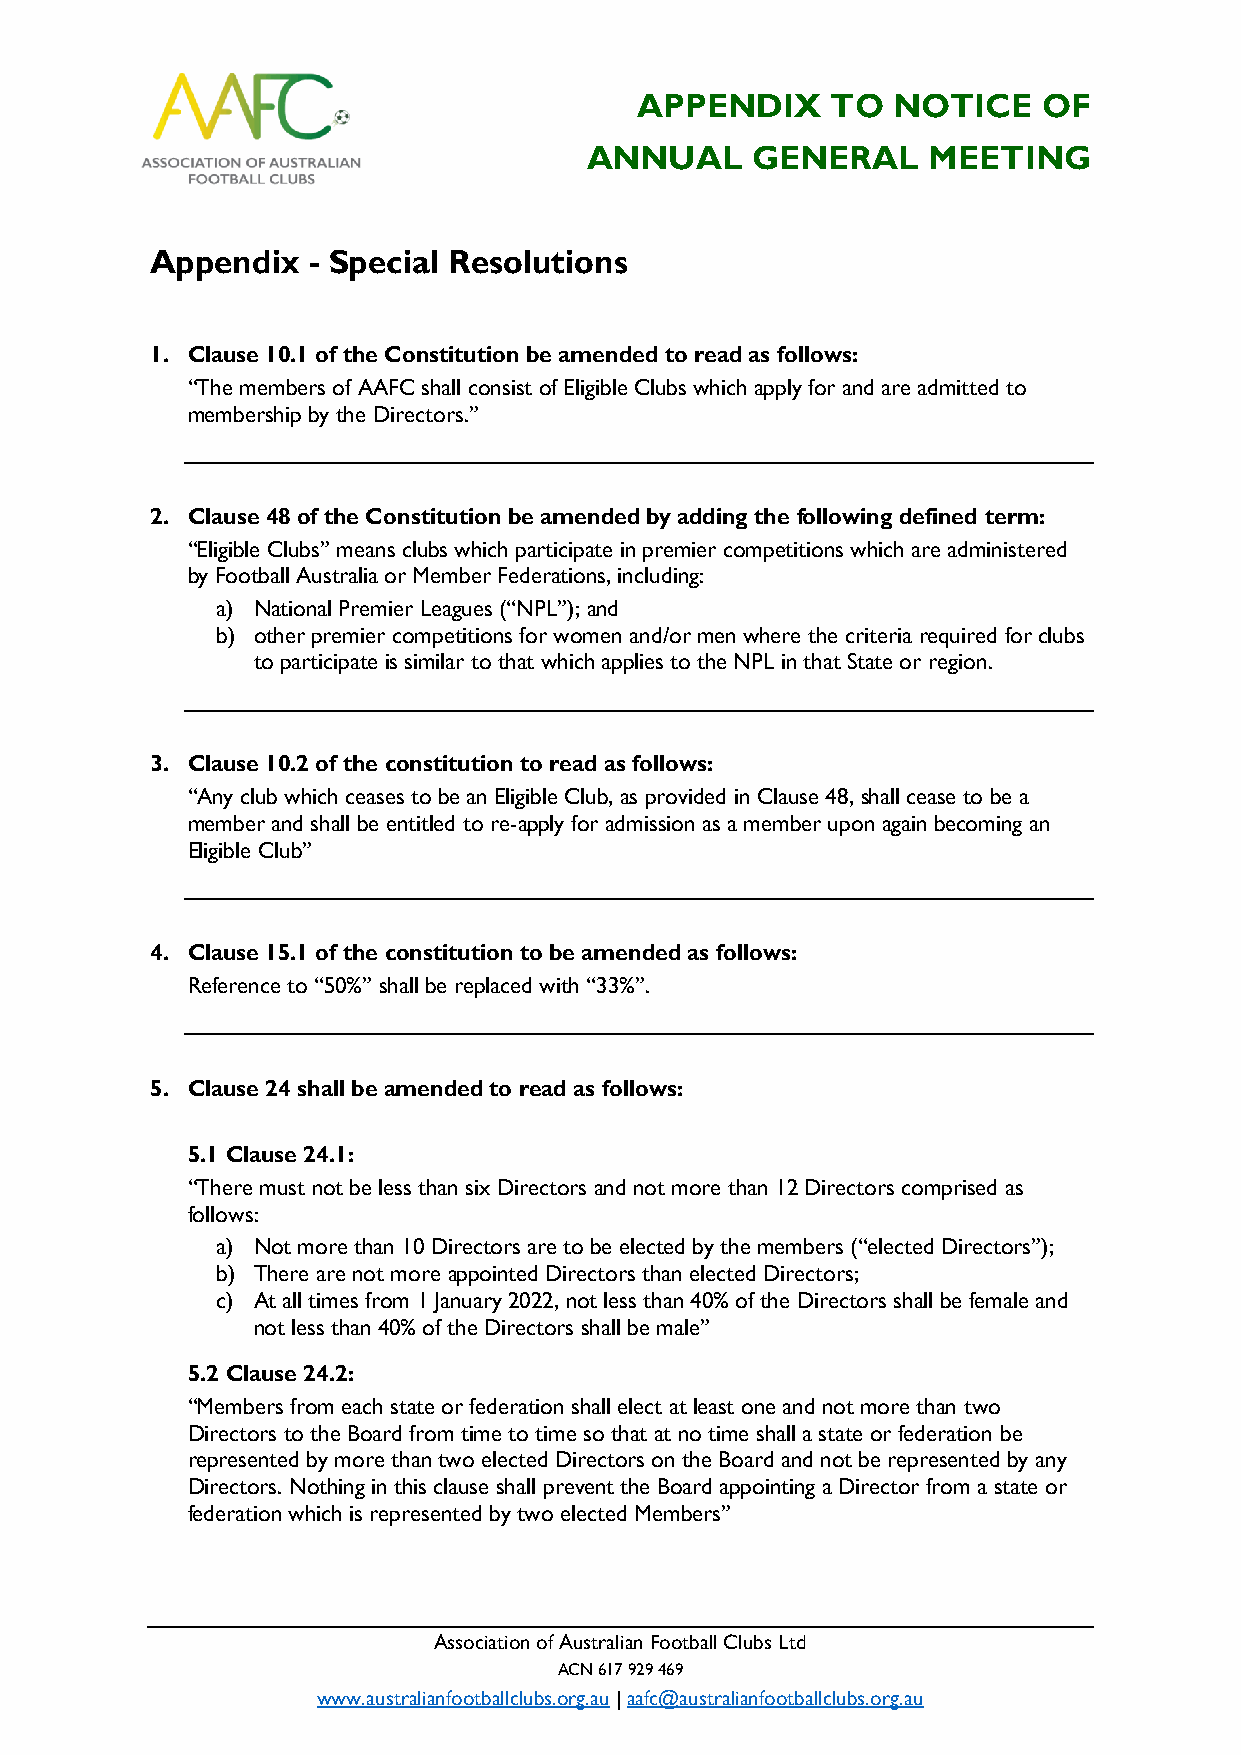
APPENDIX     TO  NOTICE    OF
 ANNUAL     GENERAL    MEETING
 Appendix  - Special Resolutions
 1. Clause 10.1 of the Constitution be amended to read as follows:
 “The members of AAFC shall consist of Eligible Clubs which apply for and are admitted to
 membership by the Directors.”
 2. Clause 48 of the Constitution be amended by adding the following defined term:
 “Eligible Clubs” means clubs which participate in premier competitions which are administered
 by Football Australia or Member Federations, including:
 a) National Premier Leagues (“NPL”); and
 b) other premier competitions for women and/or men where the criteria required for clubs
 to participate is similar to that which applies to the NPL in that State or region.
 3. Clause 10.2 of the constitution to read as follows:
 “Any club which ceases to be an Eligible Club, as provided in Clause 48, shall cease to be a
 member and shall be entitled to re-apply for admission as a member upon again becoming an
 Eligible Club”
 4. Clause 15.1 of the constitution to be amended as follows:
 Reference to “50%” shall be replaced with “33%”.
 5. Clause 24 shall be amended to read as follows:
 5.1 Clause 24.1:
 “There must not be less than six Directors and not more than 12 Directors comprised as
 follows:
 a) Not more than 10 Directors are to be elected by the members (“elected Directors”);
 b) There are not more appointed Directors than elected Directors;
 c) At all times from 1 January 2022, not less than 40% of the Directors shall be female and
 not less than 40% of the Directors shall be male”
 5.2 Clause 24.2:
 “Members from each state or federation shall elect at least one and not more than two
 Directors to the Board from time to time so that at no time shall a state or federation be
 represented by more than two elected Directors on the Board and not be represented by any
 Directors. Nothing in this clause shall prevent the Board appointing a Director from a state or
 federation which is represented by two elected Members”
 Association of Australian Football Clubs Ltd
 ACN 617 929 469
 www.australianfootballclubs.org.au | aafc@australianfootballclubs.org.au